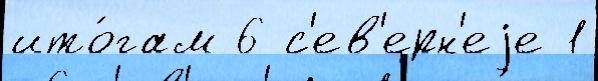
ито́гам 6 с'ев'ерн'еjе 1